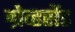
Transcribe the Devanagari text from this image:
ग्रेव्हसेंड